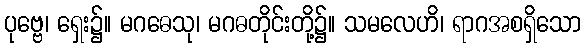
ပုဗ္ဗေ၊ ရှေး၌။ မဂဓေသု၊ မဂဓတိုင်းတို့၌။ သမလေဟိ၊ ရာဂအစရှိသော